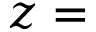
z =